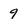
Character: 9